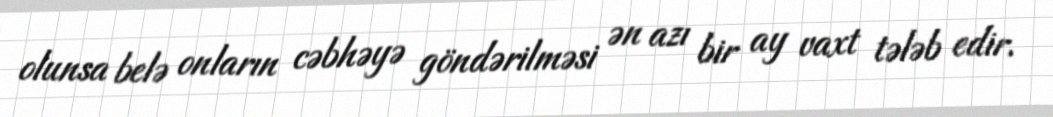
olunsa belə onların cəbhəyə göndərilməsi ən azı bir ay vaxt tələb edir.